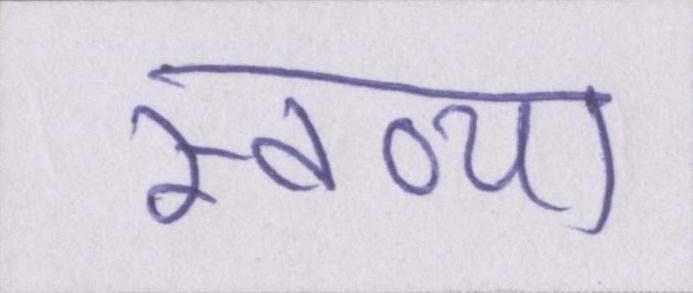
स्तव्या